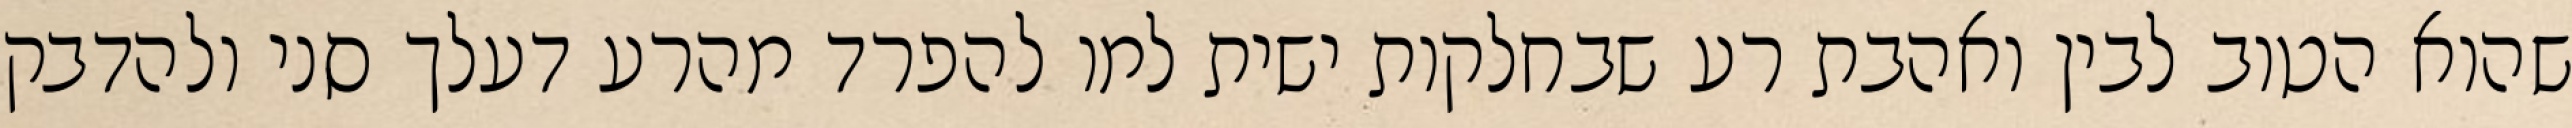
שהוא הטוב לבין ואהבת רע שבחלקות ישית למו להפרד מהרע דעלך סני ולהדבק